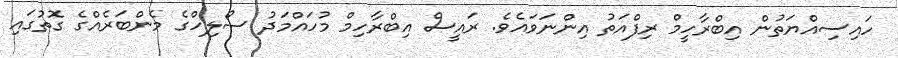
ހައިސިއްޔަތުން އިބްރާހީމް ރިފްއަތު އިންނަވައެވެ. ރައީސް އިބްރާހިމް މުހައްމަދު ސޯލިހްގެ މެންބަރެއްގެ ގޮތުގައި